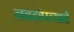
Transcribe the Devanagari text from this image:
नवदांपत्याने